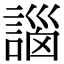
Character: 𧩣